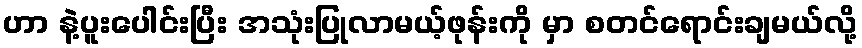
ဟာ နဲ့ပူးပေါင်းပြီး အသုံးပြုလာမယ့်ဖုန်းကို မှာ စတင်ရောင်းချမယ်လို့